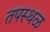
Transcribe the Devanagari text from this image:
तपस्थळ